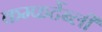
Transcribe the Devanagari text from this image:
कम्फर्टेब्ली